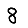
Digit: 8